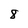
Character: 8